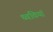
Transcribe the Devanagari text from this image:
ध्ववियां